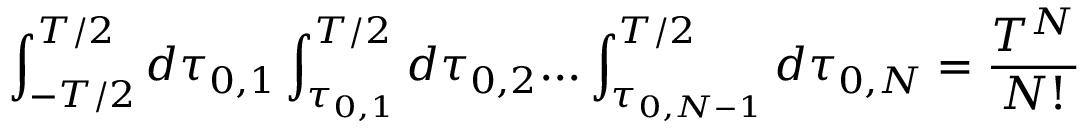
\int _ { - T / 2 } ^ { T / 2 } d \tau _ { 0 , 1 } \int _ { \tau _ { 0 , 1 } } ^ { T / 2 } d \tau _ { 0 , 2 } . . . \int _ { \tau _ { 0 , N - 1 } } ^ { T / 2 } d \tau _ { 0 , N } = \frac { T ^ { N } } { N ! }